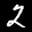
Label: 2